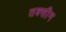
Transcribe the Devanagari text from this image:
तक्सीन